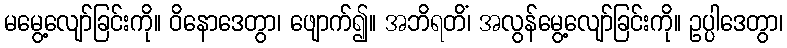
မမွေ့လျော်ခြင်းကို။ ဝိနောဒေတွာ၊ ဖျောက်၍။ အဘိရတိံ၊ အလွန်မွေ့လျော်ခြင်းကို။ ဥပ္ပါဒေတွာ၊